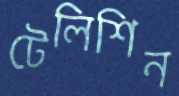
টেলিশিন